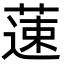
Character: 䔎